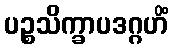
ပဉ္စသိက္ခာပဒဂ္ဂဟိံ